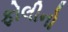
ફોલીનો